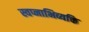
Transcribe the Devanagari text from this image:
स्वप्नाभिव्यक्ति